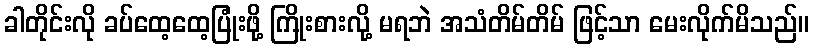
ခါတိုင်းလို ခပ်ထေ့ထေ့ပြုံးဖို့ ကြိုးစားလို့ မရဘဲ အသံတိမ်တိမ် ဖြင့်သာ မေးလိုက်မိသည်။